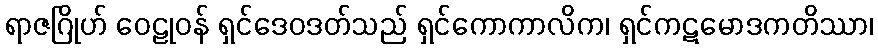
ရာဇဂြိုဟ် ဝေဠုဝန် ရှင်ဒေဝဒတ်သည် ရှင်ကောကာလိက၊ ရှင်ကဋမောဒကတိဿာ၊